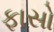
ફાસો